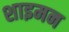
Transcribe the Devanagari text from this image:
शाइमन